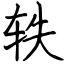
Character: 轶